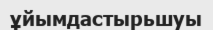
ұйымдастырьшуы